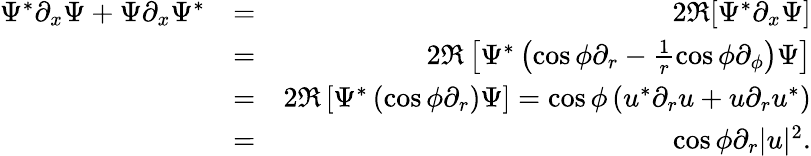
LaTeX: \begin{array}{rlr}{\Psi^{*}\partial_{x}\Psi+\Psi\partial_{x}\Psi^{*}}&{=}&{2\Re[\Psi^{*}\partial_{x}\Psi]}\\ &{=}&{2\Re\left[\Psi^{*}\left(\cos\phi\partial_{r}-\frac{1}{r}\cos\phi\partial_{\phi}\right)\Psi\right]}\\ &{=}&{2\Re\left[\Psi^{*}\left(\cos\phi\partial_{r}\right)\Psi\right]=\cos\phi\left(u^{*}\partial_{r}u+u\partial_{r}u^{*}\right)}\\ &{=}&{\cos\phi\partial_{r}|u|^{2}.}\end{array}